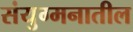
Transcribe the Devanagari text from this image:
संयुग्मनातील